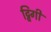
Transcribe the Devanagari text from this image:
ट्विगी